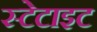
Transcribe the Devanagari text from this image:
स्टेटाइट